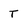
Character: T